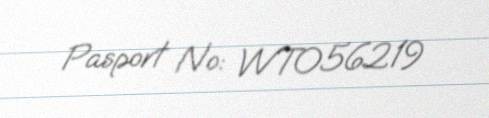
Pasport №: WT056219